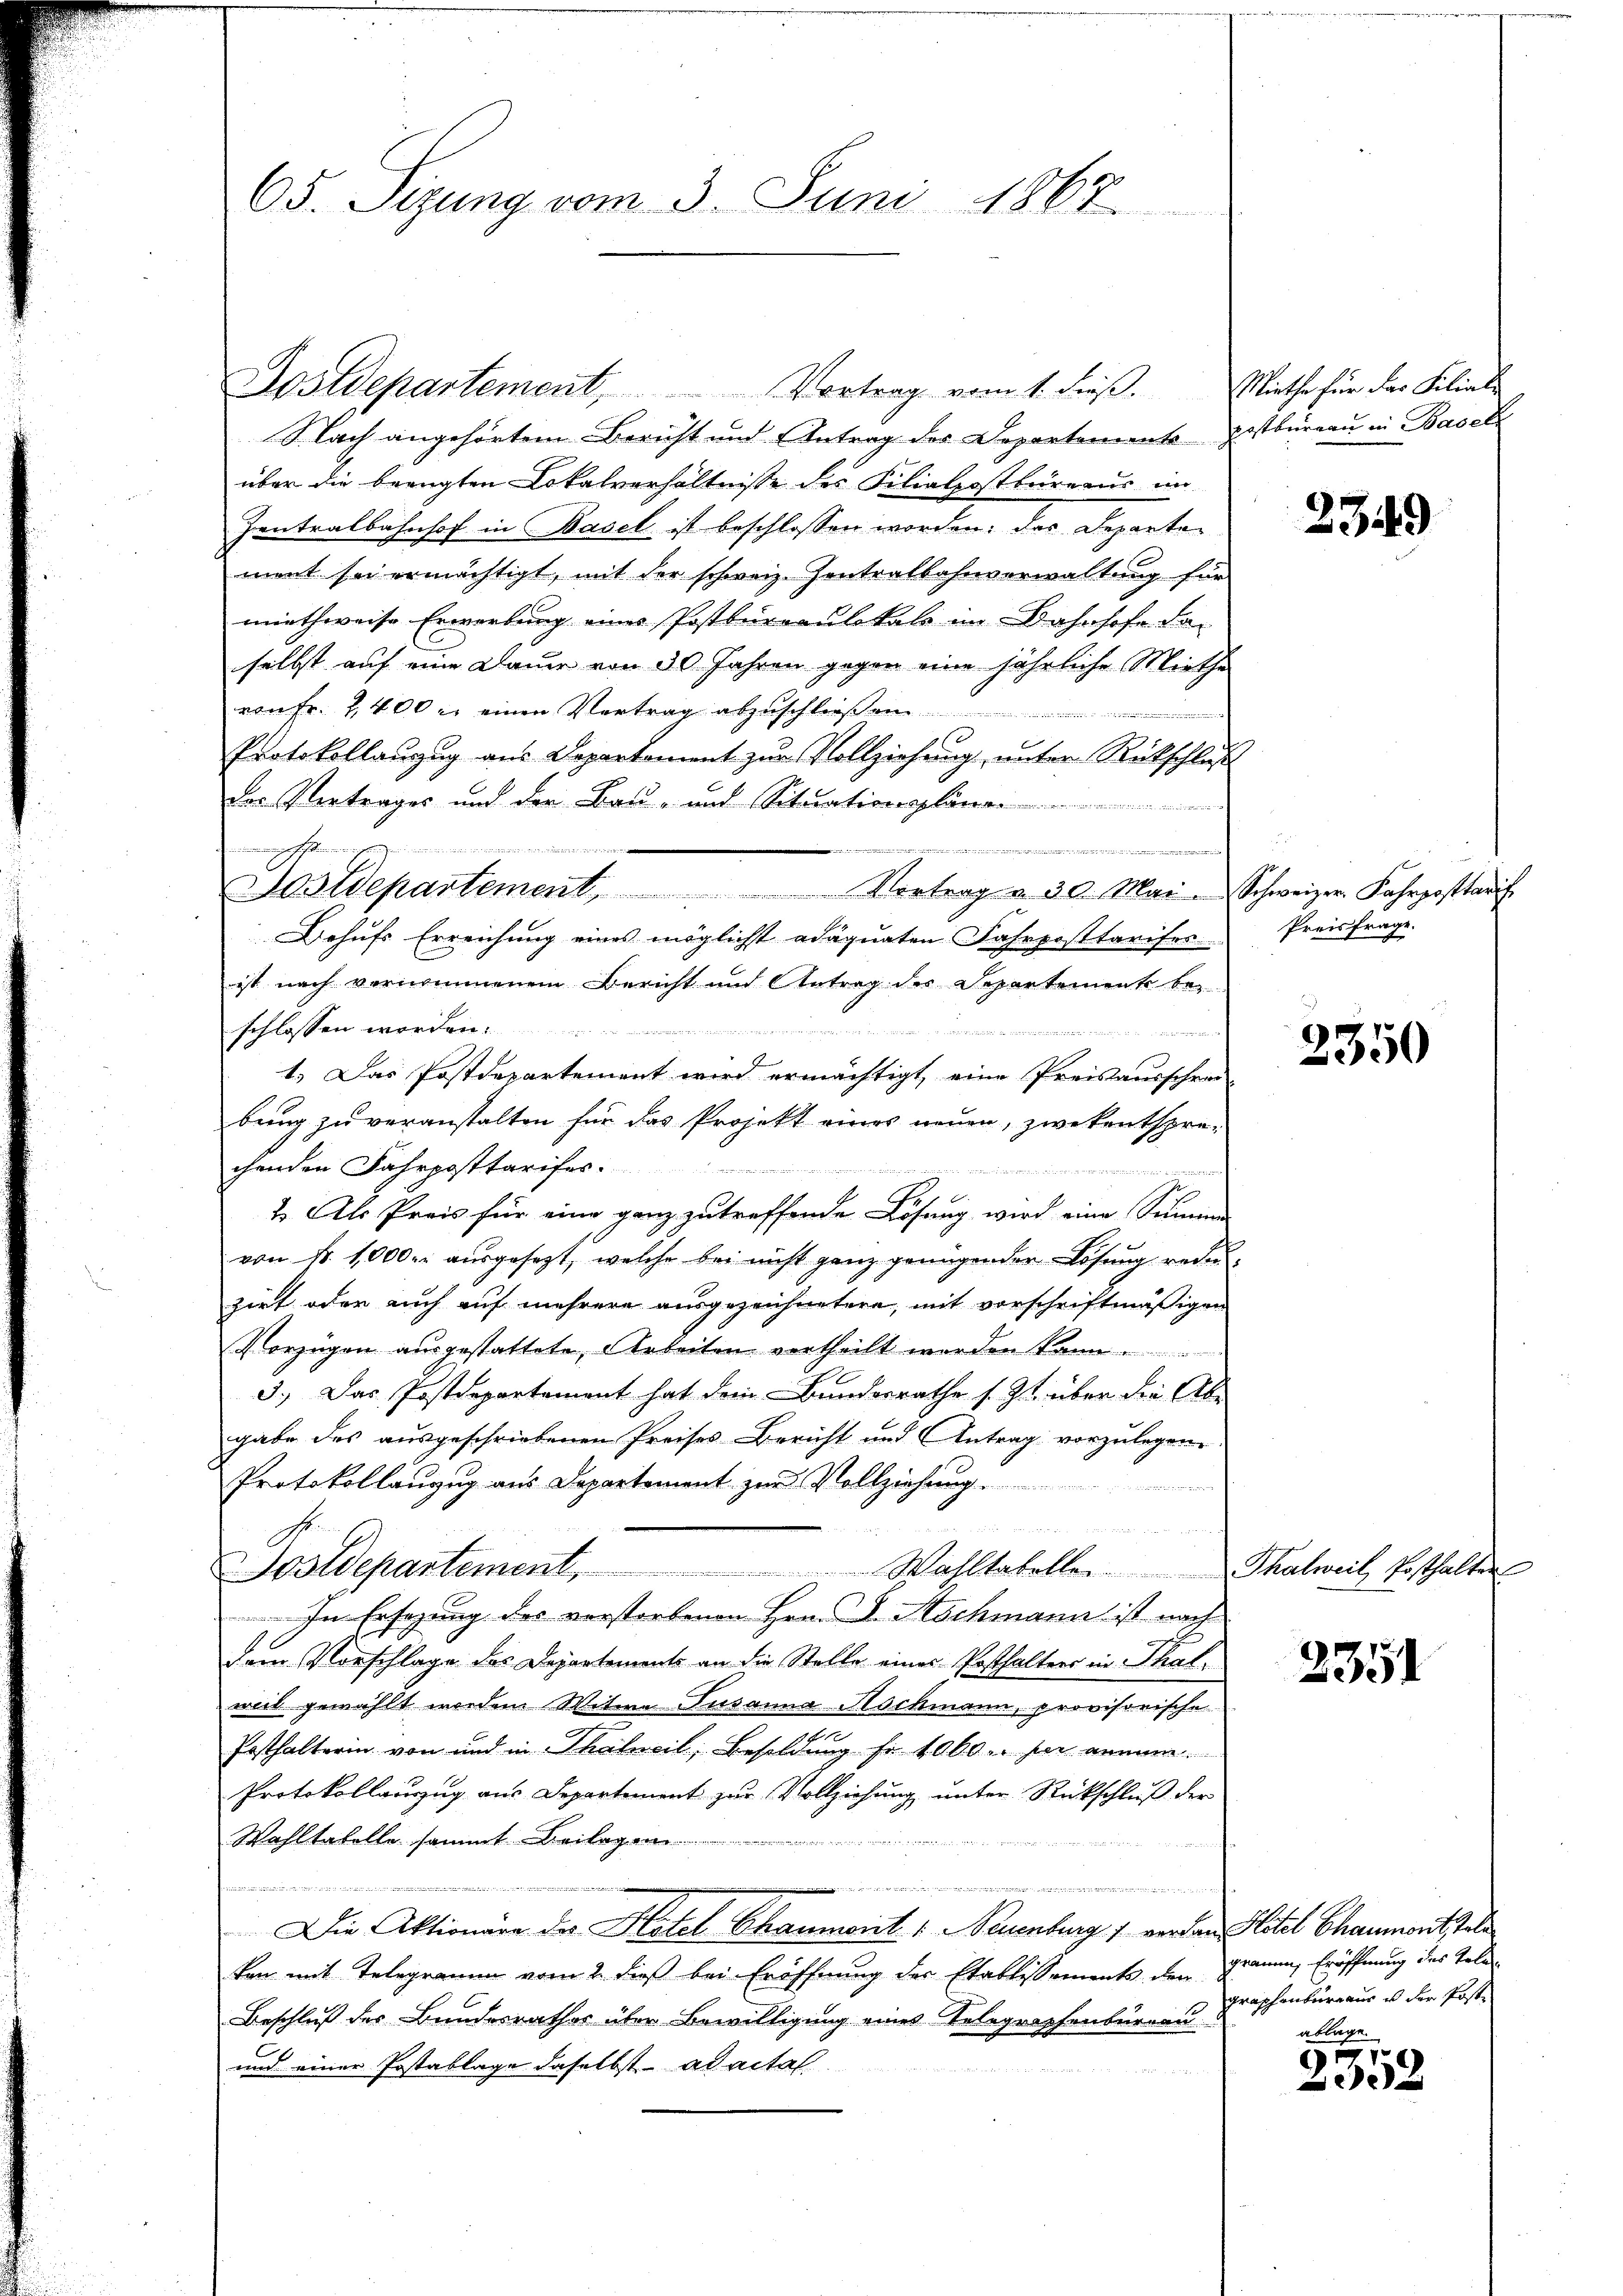
65. Sizung vom 3. Juni 1867.

Postdepartement, Vortrag vom 1. dieβ. Miethe für das Filiale
Nach angehörtem Bericht und Antrag des Departement Erstbüreau in Baselz
über die beengten Lokalverhältnisse des Filialpostbüreaus im
Zentralbahnhof in Basel ist beschlossen worden; das Departen
ment sei ermächtigt, mit der schweiz. Kontralbahnverwaltung für
miethweise Erwerbung eines Postbureaulokals im Bahnhofe da-
selbst auf eine Dauer von 30 Jahren gegen eine jährliche Miethe
von Fr. 2,400 l. einen Vertrag abzuschließen.
e
Protokollanzug aus Departement zur Vollziehung, unter Rückschluß
Der Vertrages und der Bau- und Situationspläne

i
Sostdepartement, Vortrag u. 30. Mai. Schweizer. Fahrposttarif
Behufs Erreichung eines möglicht adäquaten Fahrposttarises
ist nach vernommenem Bericht und Antrag des Departement be-

e
schlossen worden.
7
1.) Das Postdepartement wird ermächtigt, eine Preisausschrei-
bung zu veranstalten für das Projekt eines neuen, zwekentsprechenden Fahrposttarifer.
2
s
2. Als Preis für eine ganz zu treffende Lösung wird eine Summe
von Nr. 1000. ausgesezt, welche bei nicht ganz genügender Lösung reduzirt oder auch auf mehrere ausgezeichnetere, mit vorschriftmäßigen
Vorzügen ausgestattete, Arbeiten vertheilt werden kann.
3.) Das Postdepartement hat dem Bundesrathe s. Zt. über die Abgabe des ausgeschriebenen Preises Bericht und Antrag vorzulegen.
Protokollanzug aus Departement zur Vollziehung
Sostdepartement. Wahltabelle Thalweil Posthalten
In Ersezung des verstorbenen Hrn. F. Hochmann ist nach
dem Vorschlage des Departements an die Stelle eines Posthalters in Thalweil gewählt worden Witwe Susanna Stockmann, provisorische
n
Posthalterin von und in Thalweil, Besoldung fr. 1000. sie annum
Protokollanzug aus Departement zur Vollziehung unter Rückschluß der
Wahltabelle sammt
.
u
Die Aktionäre des Hotel Chaumont 1. Neuenburg 1 verdan Mitel Chaumontstell
ken mit Telegramm vom 2. dieß bei Eröffnung der Etablissements den Grauen, Eröffnung des Tele-
Beschluß des Bundesrathes über Bewilligung eines Telegraphenbureau
und einer Postablage daselbst ad actal-
Sind der

nnung festimmungen

2349

Preisfrage.

2350

2351

graphenburg aus es der Poste
ablage.

2352